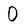
Character: 0